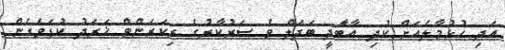
އަދި ހުޅުމާލެއަށް ކުދި އާބަާދީ ބަދަލް ވެ ސަރުކާރުގެ ރިކަރަންޓް ޚަރަދު ކުޑަވެގެން